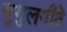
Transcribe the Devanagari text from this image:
युगुलगीते